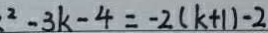
^ { 2 } - 3 k - 4 = - 2 ( k + 1 ) - 2